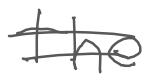
Text: the
Cross-out: double-line
Writing tool: digital_gray